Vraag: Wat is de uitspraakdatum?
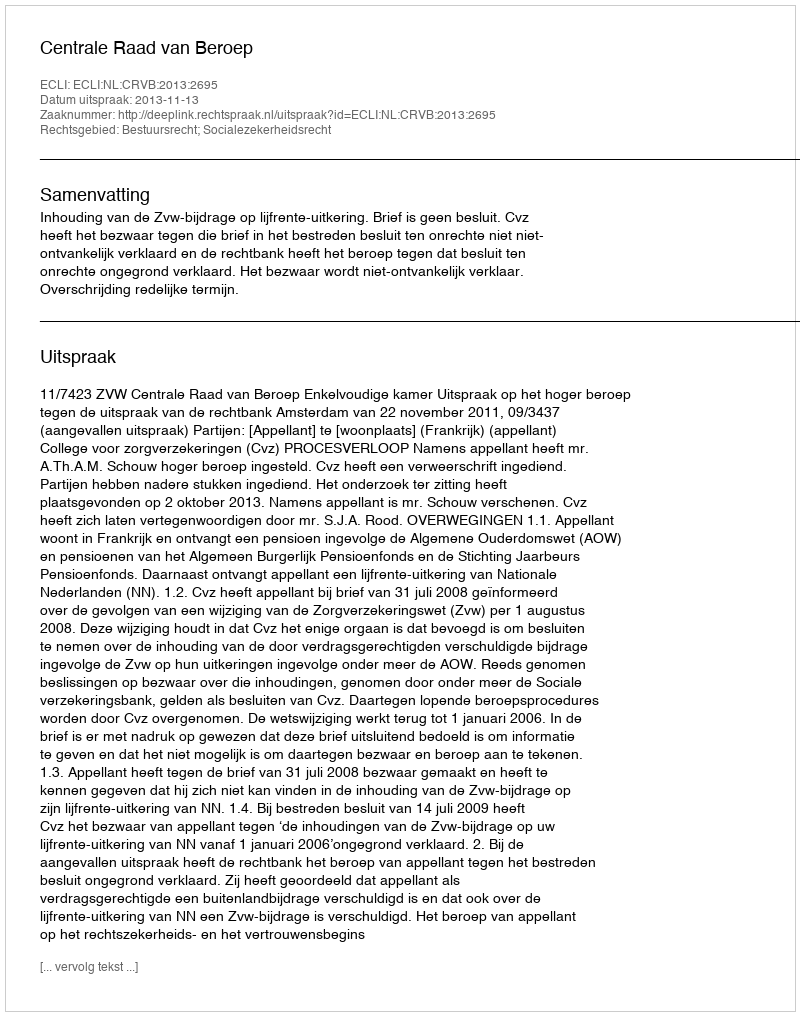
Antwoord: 2013-11-13